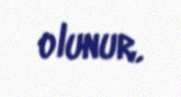
olunur.